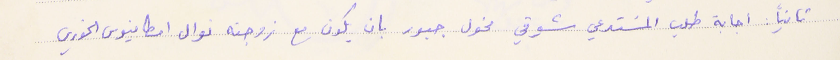
تانياً: اجابة طلب المسَتدعي شوقي مخول جبور بان يكون مع زوجته نوال امطانيوس الخوري